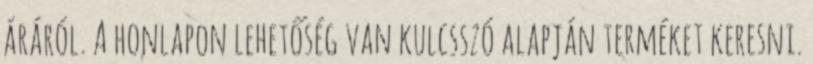
áráról. A honlapon lehetőség van kulcsszó alapján terméket keresni.